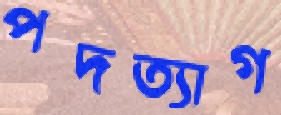
পদত্যাগ